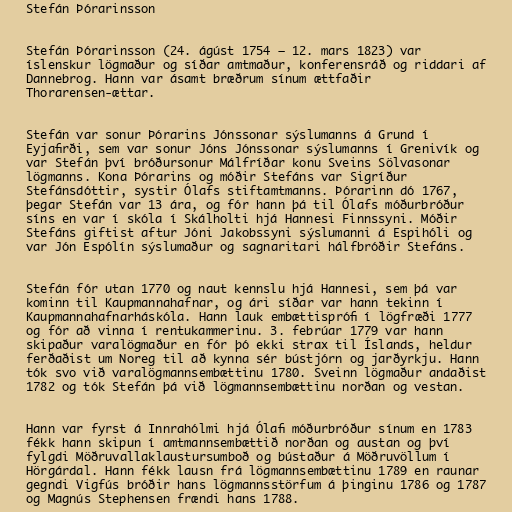
Stefán Þórarinsson

Stefán Þórarinsson (24. ágúst 1754 – 12. mars 1823) var
íslenskur lögmaður og síðar amtmaður, konferensráð og riddari af
Dannebrog. Hann var ásamt bræðrum sínum ættfaðir
Thorarensen-ættar.

Stefán var sonur Þórarins Jónssonar sýslumanns á Grund í
Eyjafirði, sem var sonur Jóns Jónssonar sýslumanns í Grenivík og
var Stefán því bróðursonur Málfríðar konu Sveins Sölvasonar
lögmanns. Kona Þórarins og móðir Stefáns var Sigríður
Stefánsdóttir, systir Ólafs stiftamtmanns. Þórarinn dó 1767,
þegar Stefán var 13 ára, og fór hann þá til Ólafs móðurbróður
síns en var í skóla í Skálholti hjá Hannesi Finnssyni. Móðir
Stefáns giftist aftur Jóni Jakobssyni sýslumanni á Espihóli og
var Jón Espólín sýslumaður og sagnaritari hálfbróðir Stefáns.

Stefán fór utan 1770 og naut kennslu hjá Hannesi, sem þá var
kominn til Kaupmannahafnar, og ári síðar var hann tekinn í
Kaupmannahafnarháskóla. Hann lauk embættisprófi í lögfræði 1777
og fór að vinna í rentukammerinu. 3. febrúar 1779 var hann
skipaður varalögmaður en fór þó ekki strax til Íslands, heldur
ferðaðist um Noreg til að kynna sér bústjórn og jarðyrkju. Hann
tók svo við varalögmannsembættinu 1780. Sveinn lögmaður andaðist
1782 og tók Stefán þá við lögmannsembættinu norðan og vestan.

Hann var fyrst á Innrahólmi hjá Ólafi móðurbróður sínum en 1783
fékk hann skipun í amtmannsembættið norðan og austan og því
fylgdi Möðruvallaklaustursumboð og bústaður á Möðruvöllum í
Hörgárdal. Hann fékk lausn frá lögmannsembættinu 1789 en raunar
gegndi Vigfús bróðir hans lögmannsstörfum á þinginu 1786 og 1787
og Magnús Stephensen frændi hans 1788.